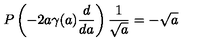
P \left( - 2 a \gamma ( a ) { \frac { d } { d a } } \right) { \frac { 1 } { \sqrt { a } } } = - \sqrt { a }